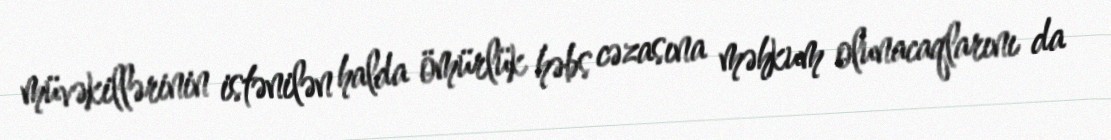
müvəkillərinin istənilən halda ömürlük həbs cəzasına məhkum olunacaqlarını da